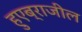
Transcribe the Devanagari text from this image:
हुएब्राजील